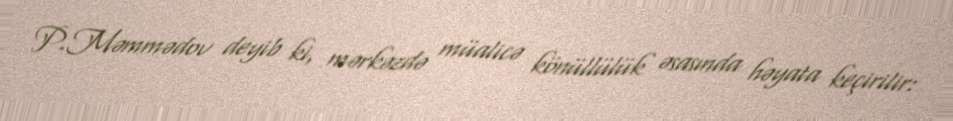
P.Məmmədov deyib ki, mərkəzdə müalicə könüllülük əsasında həyata keçirilir: